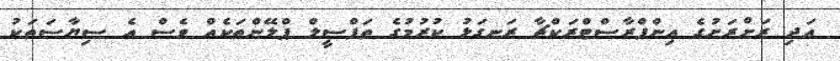
އަދި ރަށްރަށުގެ އިންފްރާސްޓްރަކްޗާ ރަނގަޅު ކުރުމުގެ ތަފްސީލް ޕްލޭންތަކެއް ވެސް އެ ސިޔާސަތަކު